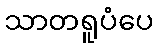
သာတရူပံပေ